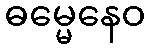
ဓမ္မေနေဝ